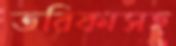
তরিকাসহ